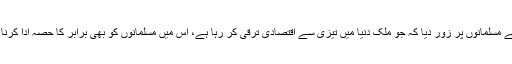
انہوں نے مسلمانوں پر زور دیا کہ جو ملک دنیا میں تیزی سے اقتصادی ترقی کر رہا ہے، اس میں مسلمانوں کو بھی برابر کا حصہ ادا کرنا چاہئے۔